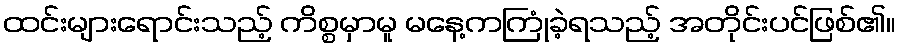
ထင်းများရောင်းသည့် ကိစ္စမှာမူ မနေ့ကကြုံခဲ့ရသည့် အတိုင်းပင်ဖြစ်၏။